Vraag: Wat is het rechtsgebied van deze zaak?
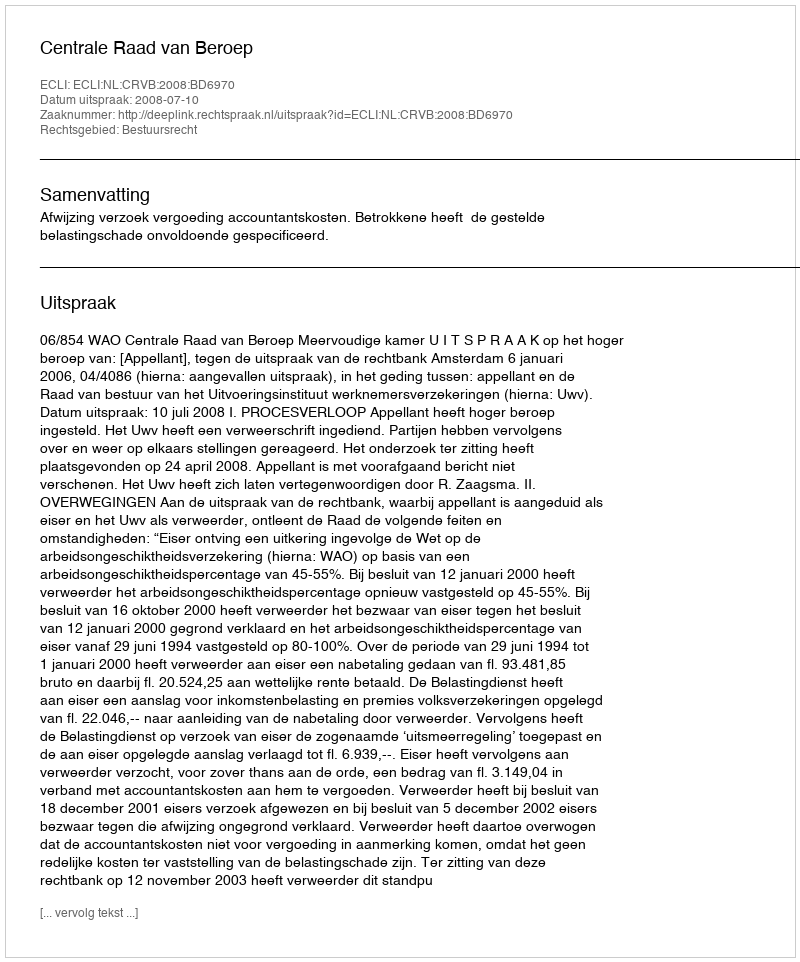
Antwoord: Bestuursrecht